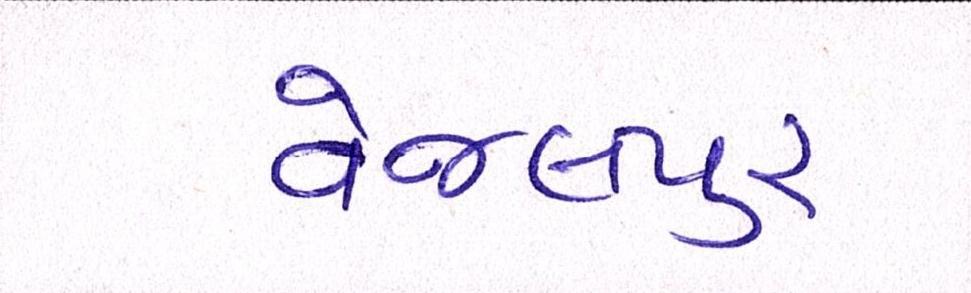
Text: વેજલપુર